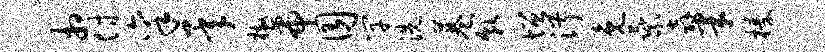
相付禀承檄帝囿竿洗巷貌增淑免乘奔半榛